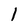
Character: 1